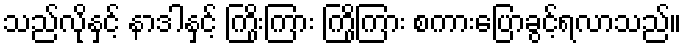
သည်လိုနှင့် နာဒါနှင့် ကြိုးကြား ကြိုကြား စကားပြောခွင့်ရလာသည်။